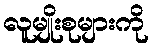
လူမျိုးစုများကို